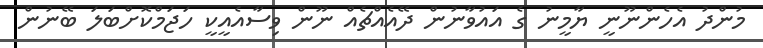
މުންދު އެހެންނޫނީ ޔާމީނު ގެ އައުވާނުން ދޭއެއްޗެއް ނޫން ވިސާއެއީކީ ހަޖަމްކޮށްބަލަ ބޭނުން